Triennial report on the lunatic asylums in the province of Eastern Bengal and Assam - 1903-1911
Year: 1903
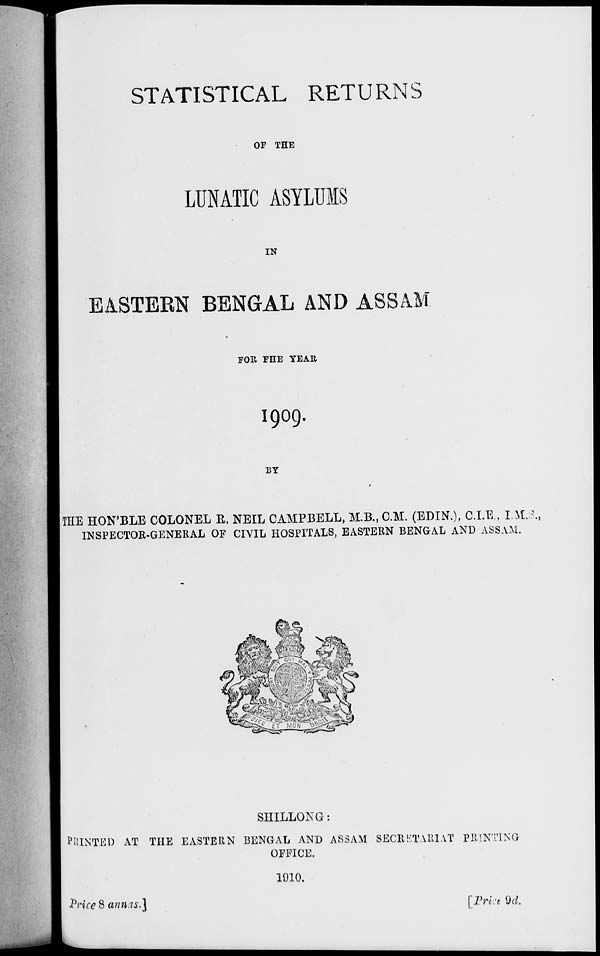
STATISTICAL RETURNS
OF THE
LUNATIC ASYLUMS
IN
EASTERN BENGAL AND ASSAM
FOR THE YEAR
1909.
BY
THE HON'BLE COLONEL R. NEIL CAMPBELL, M.B., C.M. (EDIN.), C.I.E., I.M.S.,
INSPECTOR-GENERAL OF CIVIL HOSPITALS, EASTERN BENGAL AND ASSAM.
SHILLONG :
PRINTED AT THE EASTERN BENGAL AND ASSAM SECRETARIAT PRINTING
OFFICE.
1910.
Price 8 annas.]
[Price
9d.